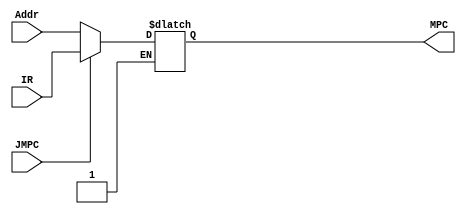
`timescale 1ns / 1ps

module MPC(IR,Addr,MPC,JMPC
    );
	
	input [7:0] IR;
	input [7:0] Addr;
	output reg [7:0] MPC;
	input JMPC;
	
	initial begin 
		MPC = 8'b0;
	end
	always @(*) 
		begin
			if(JMPC)
				MPC = IR;
			else if(~JMPC)
				MPC = Addr;
		end
		
endmodule